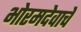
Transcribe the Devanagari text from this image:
भोरमदेवाचे